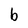
Character: b